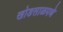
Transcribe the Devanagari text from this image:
खोडसाळपणे